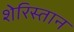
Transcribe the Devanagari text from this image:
शेरिस्तान